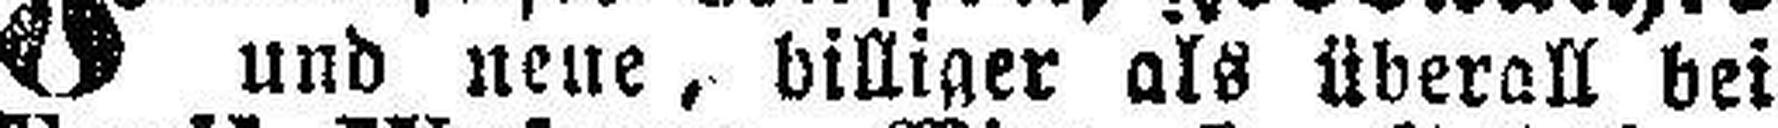
und neue, billiger als überall bei